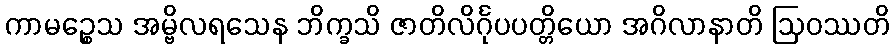
ကာမဉ္စေသ အမ္ဗိလရသေန ဘိက္ခသိ ဇာတိလိင်္ဂုပပတ္တိယော အဂိလာနာတိ ဩဝဿတိ